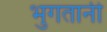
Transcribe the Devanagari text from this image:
भुगतानी